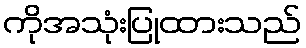
ကိုအသုံးပြုထားသည်